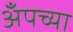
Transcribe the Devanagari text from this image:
अँपच्या